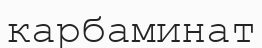
карбаминат